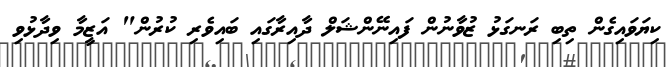
ކިޔަވައިގެން ތިބި ރަނގަޅު ޒުވާނުން ފައިނޭންޝަލް ދާއިރާގައި ބައިވެރި ކުރުން" އަޒީމާ ވިދާޅުވި